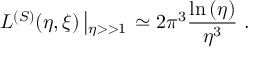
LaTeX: L ^ { ( S ) } ( \eta , \xi ) \left| _ { \eta > > 1 } \right. \simeq 2 \pi ^ { 3 } { \frac { \ln { ( \eta ) } } { \eta ^ { 3 } } } \ .